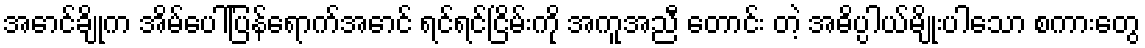
အောင်ချိုက အိမ်ပေါ်ပြန်ရောက်အောင် ရင်ရင်ငြိမ်းကို အကူအညီ တောင်း တဲ့ အဓိပ္ပါယ်မျိုးပါသော စကားတွေ